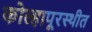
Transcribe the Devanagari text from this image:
कोल्हापूरस्थीत